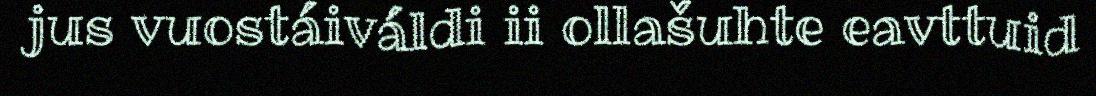
jus vuostáiváldi ii ollašuhte eavttuid